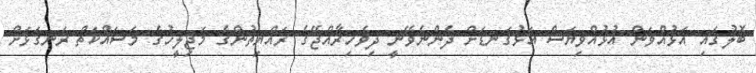
ބޮލުގައި އަޅުއްވަން އުޅުއްވިޔަސް އަޅުގަނޑަށް ދެންނެވޭނީ ދިވެހިރާއްޖޭގެ ރައްޔިތުންގެ މަޖިލީހުގެ މަސައްކަތް ރަނގަޅަށް